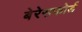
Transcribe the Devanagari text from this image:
बेरेसफोर्ड